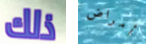
ذلك أمراض